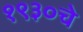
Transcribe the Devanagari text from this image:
१९३०चे